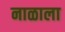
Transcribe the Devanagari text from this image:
नाळाला